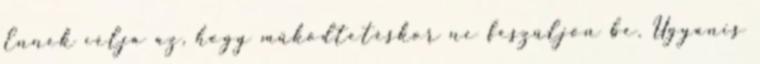
Ennek célja az, hogy működtetéskor ne feszüljön be. Ugyanis